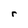
Character: r